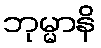
ဘုမ္မာနိ